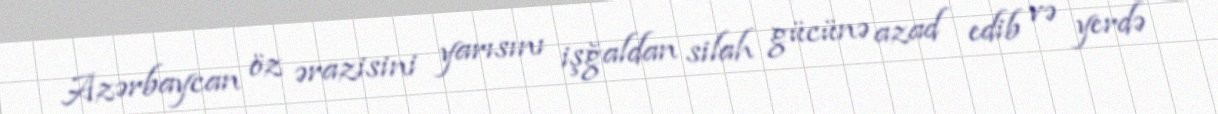
Azərbaycan öz ərazisini yarısını işğaldan silah gücünə azad edib və yerdə